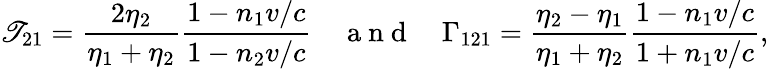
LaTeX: \mathscr{T}_{21}=\frac{{2\eta_{2}}}{{\eta_{1}+\eta_{2}}}\frac{{1-n_{1}v/c}}{{1-n_{2}v/c}}\quad\mathrm{{~a~n~d~}}\quad\Gamma_{121}=\frac{{\eta_{2}-\eta_{1}}}{{\eta_{1}+\eta_{2}}}\frac{{1-n_{1}v/c}}{{1+n_{1}v/c}},